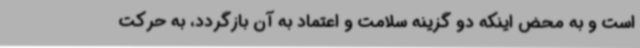
است و به محض اینکه دو گزینه سلامت و اعتماد به آن بازگردد، به حرکت